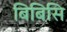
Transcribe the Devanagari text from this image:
बिबिसि